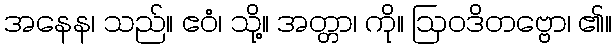
အနေန၊ သည်။ ဧဝံ၊ သို့။ အတ္တာ၊ ကို။ ဩဝဒိတဗ္ဗော၊ ၏။